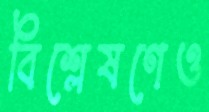
বিশ্লেষণেও